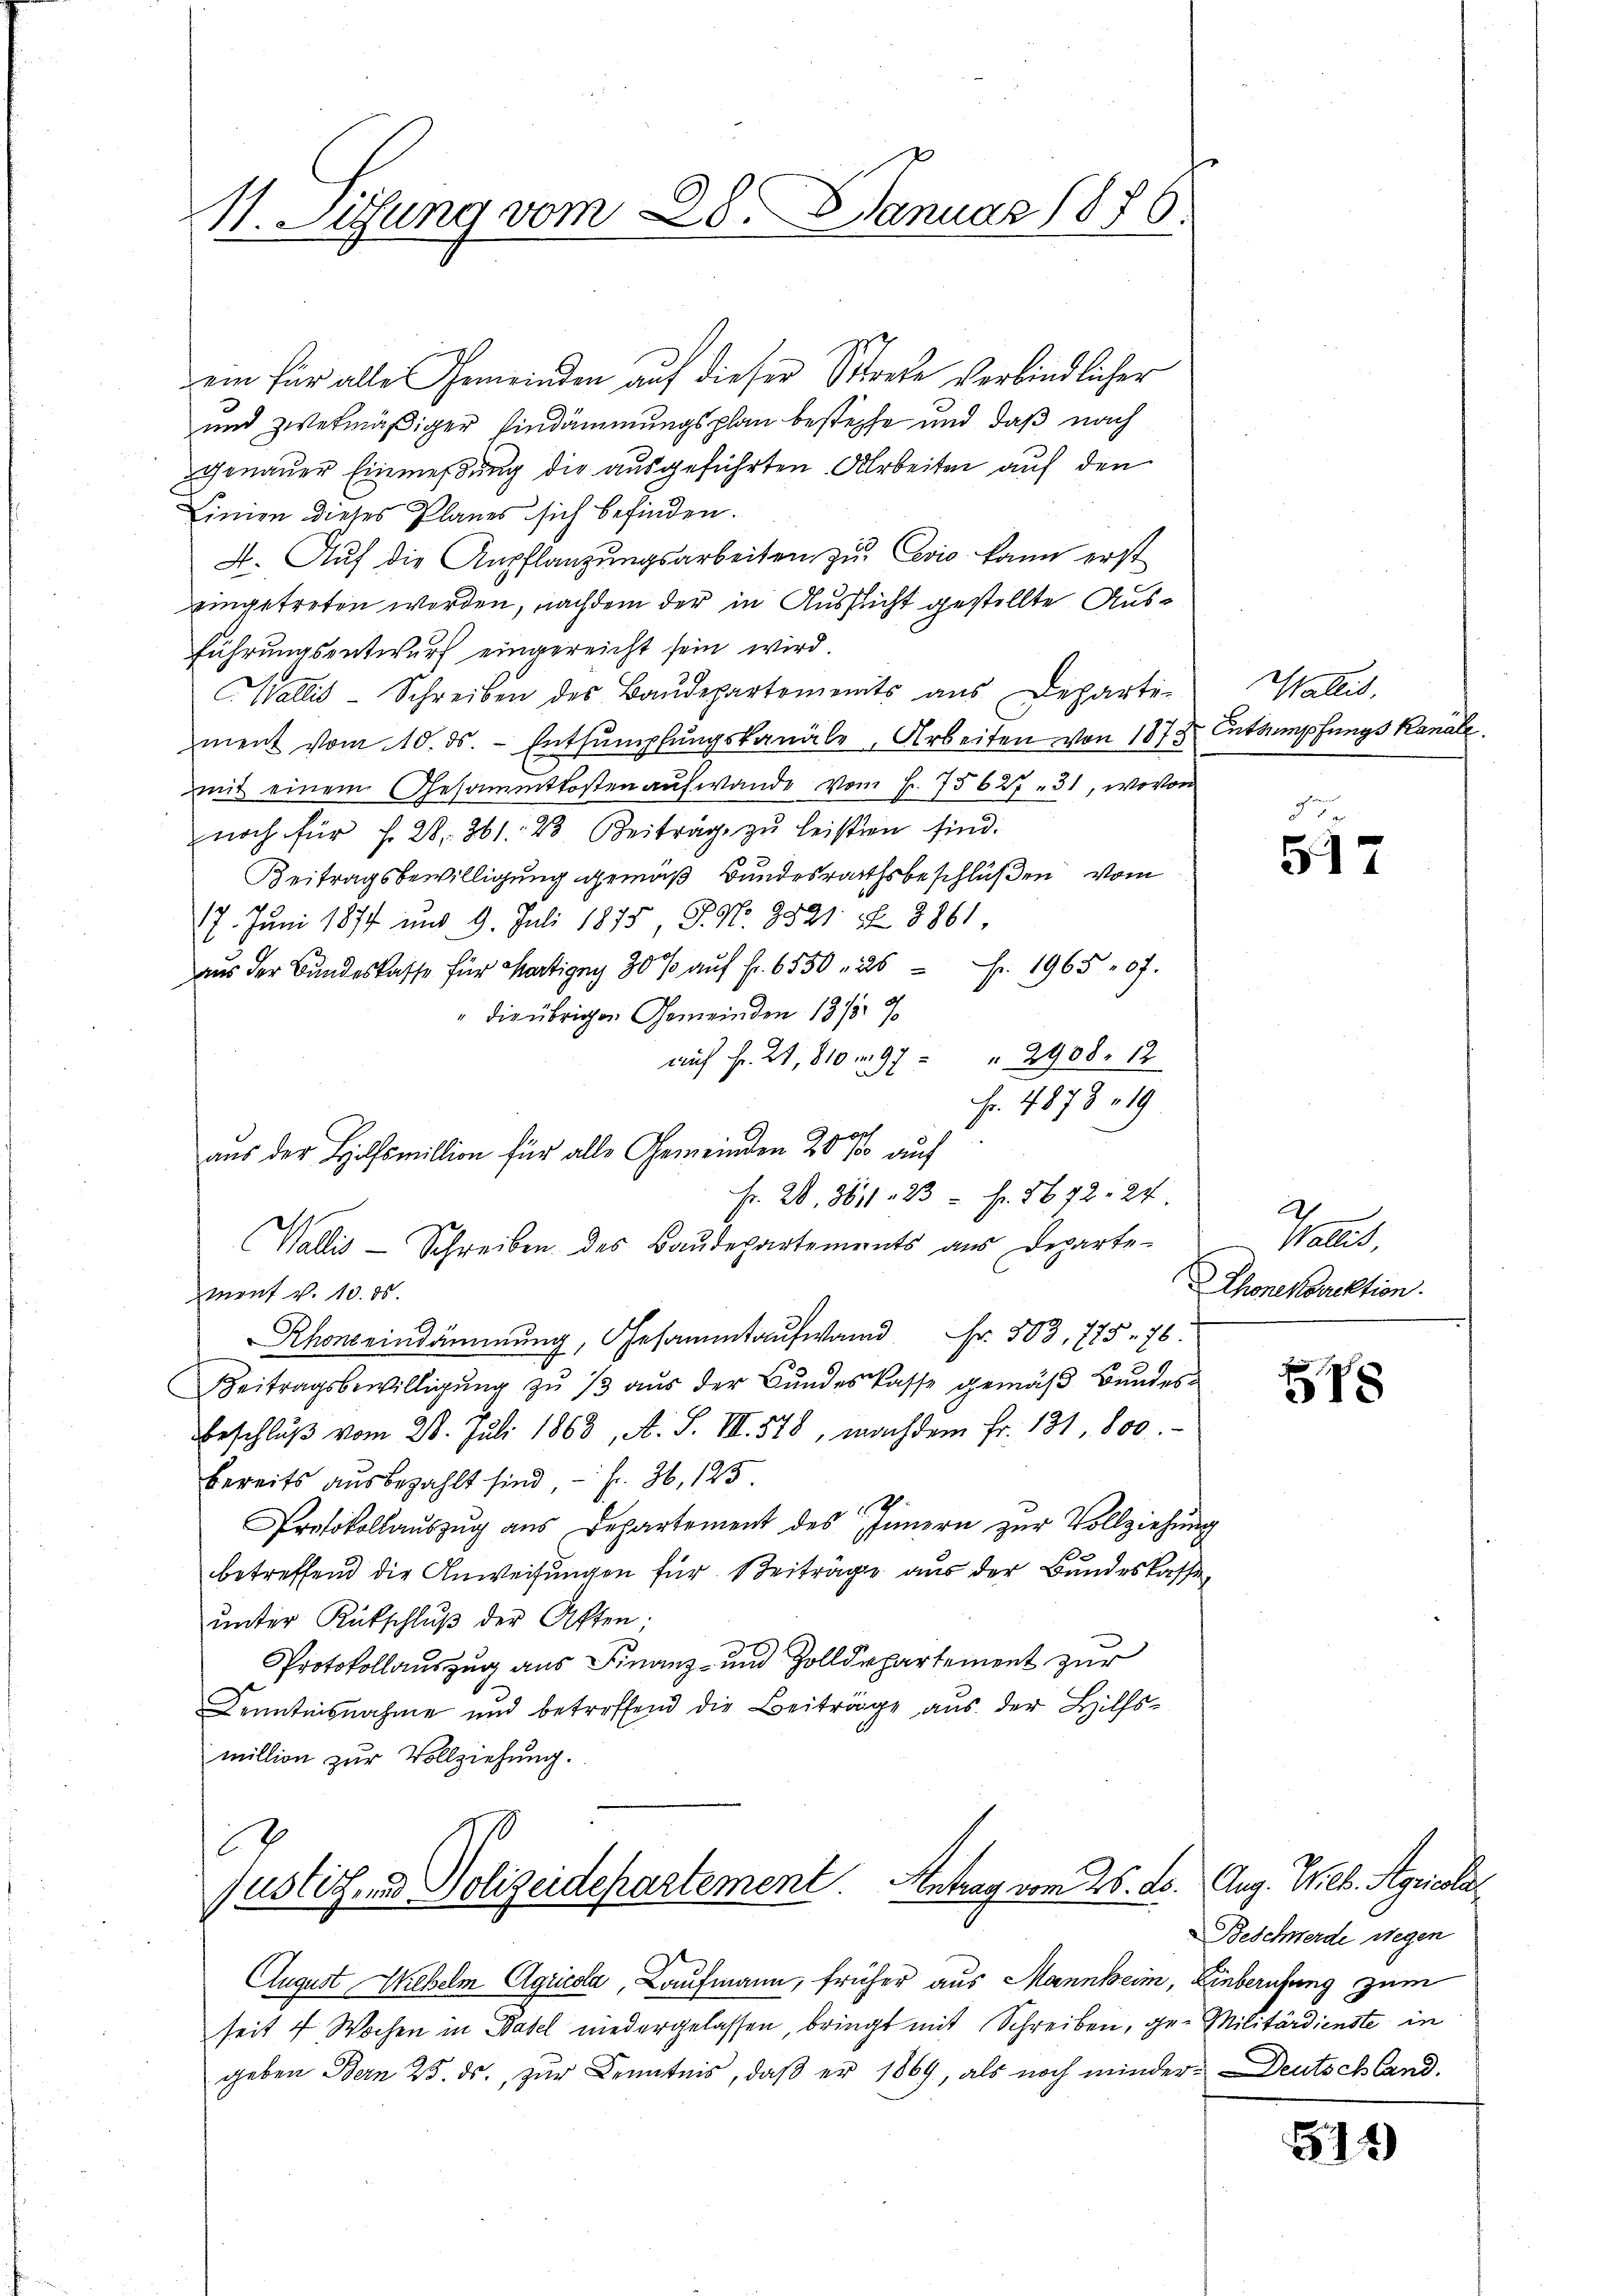
H. Lithung vom 28. Januar 1876.

ein für alle Gemeinden auf dieser Streke verbindlicher
und zwekmäßiger Eindämmungsplan bestehe und daß nach
genauer Einmessung die ausgeführten Arbeiten auf den
Linien dieses Planes sich befinden.
4. Auf die Anpflanzungsarbeiten zu Levio kann erst
eingetreten worden, nachdem der in Aussicht gestellte Ausführungsentwurf eingereicht sein wird.
Wallis-Schreiben des Baŭdepartements aus Departe-
ment vom 10. ds. Entsumpfŭngskanäle, Arbeiten von 1873 Entsumpfungs Kanäle
mit einem Gesammtkosten aufwande vom 1. 75627 - 31, wovon
noch für f. 28. 361. 23. Beiträge zŭ leisten sind.
Beitragsbewilligung gemäß Bundesrathsbeschlüßen vom
17. Juni 1877 und 9. Juli 1875, P. Nr. 9521 f. 3861,
aus der Bundeskasse für Martigny 30% aŭf Fr. 6550 n 25 Fr. 1965 07.
" die übrigen Gemeinden 13/3 9
auf Fr. 21, 810 m 97 " " 2908. 12
Fr. 4878 - 19
aus der Hilfsmillion für alle Gemeinden 20 % auf
Nr. 28, 361. 23 fr. 1672. 24.
Wallis Schreiben des Baŭdepartements aŭs Departe-
ment v. 10. ds.
Rhoneindämmung, Gesammtaufwann Fr. 503. 775 - 76.
Beitragsbewilligung zu 13 aus der Bundeskasse gemäß Bundesbeschlŭβ vom 28. Juli 1863, A. S. III. 578, nachdem fr. 131. 800.
bereits ausbezahlt sind, – fr. 36, 125
.
Protokollauszug aus Departement des Innern zur Vollziehung
betreffend die Anweisungen für Beiträge aus der Bundeskasse
ŭnter Kutschlŭβ der Akten;
Protokollauszug aus Finanz- und Zolldepartement zur
Kenntnisnahme und betreffend die Beiträge aus der Hilfsmillion zur Vollziehung.

4
Justiz, und Polizeidepartement. Antrag vom 25. ds. Aug. Wieb. Agricola

Wallis,

August Webelm Agricola, Kaufmann, früher aus Mannheim, Einberufung zum
seit 4 Wochen in Basel niedergelassen, bringt mit Schreiben, ge- Militärdienste in
geben Bern 25. ds. zur Kenntnis, daß er 1869, als noch minder Deutschland.

517

Paler
Thonekorrektion.

18

Beschwerde wegen

814